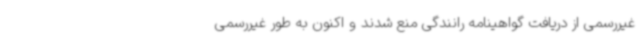
غیررسمی از دریافت گواهینامه رانندگی منع شدند و اکنون به طور غیررسمی